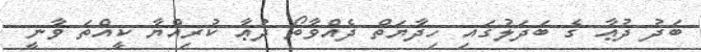
ބަދު ދުޢާ ގެ ބަދަލުގައި ހިދާޔަތް ދެއްވާތޯ ދުޢާ ކުރިއްޔާ ކީއްތަ ވާނީ